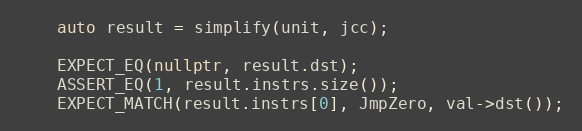
Language: C++
    auto result = simplify(unit, jcc);

    EXPECT_EQ(nullptr, result.dst);
    ASSERT_EQ(1, result.instrs.size());
    EXPECT_MATCH(result.instrs[0], JmpZero, val->dst());